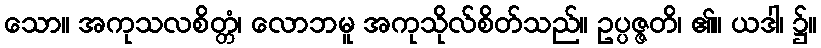
သော။ အကုသလစိတ္တံ၊ လောဘမူ အကုသိုလ်စိတ်သည်။ ဥပ္ပဇ္ဇတိ၊ ၏။ ယဒါ၊ ၌။